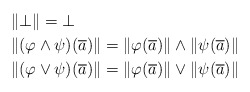
\begin{align*}& \| \bot\| = \bot \\& \| (\varphi \wedge \psi)(\overline{a})\| = \| \varphi(\overline{a})\| \wedge \| \psi(\overline{a})\| \\& \| (\varphi \vee \psi)(\overline{a})\| = \| \varphi(\overline{a})\| \vee \| \psi(\overline{a})\| \end{align*}